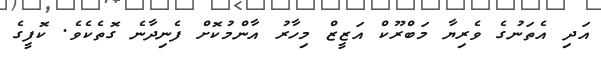
އަދި އެތަނުގެ ވެރިޔާ މަބްރޫކް އަޒީޒް މިހާރު އާންމުކޮށް ފެނިދާނެ ގޮތެކެވެ. ކޮފީގެ